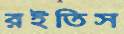
রইতিস